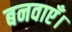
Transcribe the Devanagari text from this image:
बनवाएँ।